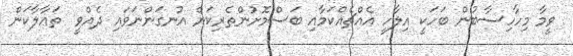
ވީމާ މިހާހިސާބުން ބަހަކީ އިލާހީ އެއްޗެއްކަމާއި ބަސްމޮށުންތެރިކަން އުނގަންނަވައި ދެއްވީ  ތަޢާލާކަން